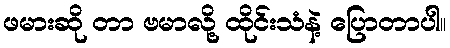
ဖမားဆို တာ ဗမာလို့ ထိုင်းသံနဲ့ ပြောတာပါ။